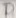
Text: D